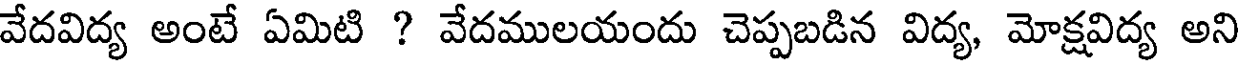
వేదవిద్య అంటే ఏమిటి ? వేదములయందు చెప్పబడిన విద్య, మోక్షవిద్య అని